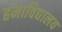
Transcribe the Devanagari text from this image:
हमाविद्यालय